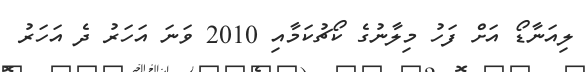
ލިއަނާޑޯ އަށް ފަހު މިލާނުގެ ކޯޗުކަމާއި 2010 ވަނަ އަހަރު ދެ އަހަރު